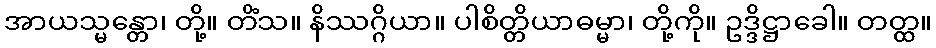
အာယသ္မန္တော၊ တို့။ တိံသ။ နိဿဂ္ဂိယာ။ ပါစိတ္တိယာဓမ္မာ၊ တို့ကို။ ဥဒ္ဒိဋ္ဌာခေါ။ တတ္ထ။